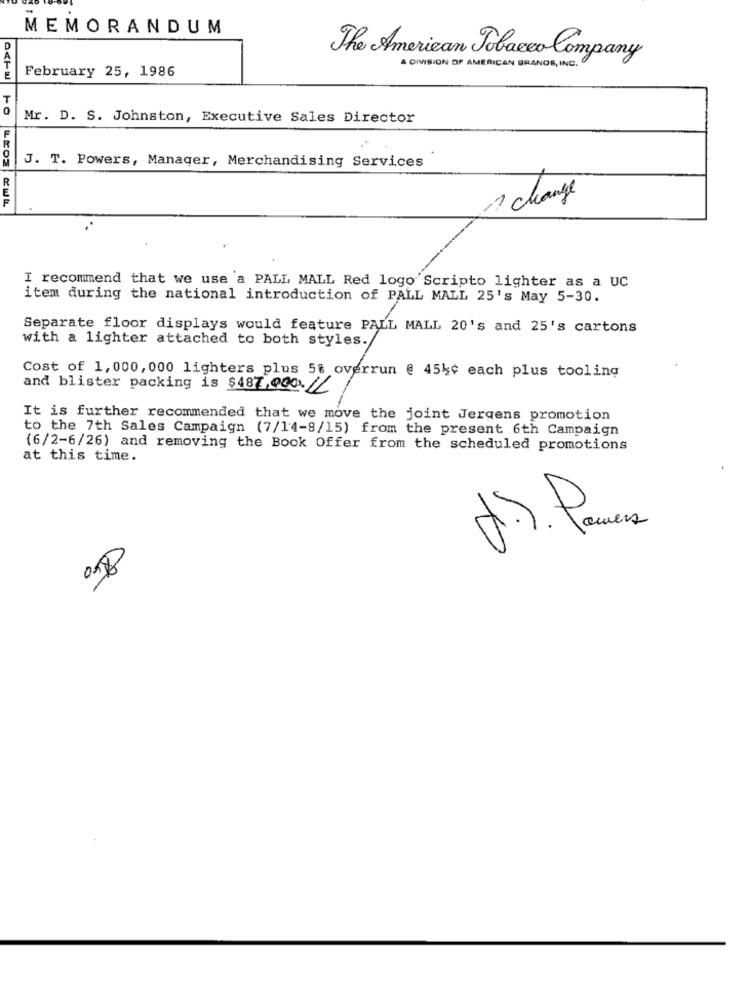
MEMORANDUM
The American Tobacco Company
February 25, 1986
A DIVISION OF AMERICAN GRANDE , INC.
T
Mr. D. S. Johnston, Executive Sales Director
J. T. Powers, Manager, Merchandising Services
1 change
I recommend that we use a PALL MALL Red logo Scripto lighter as a UC
item during the national introduction of PALL MALL 25's May 5-30.
Separate floor displays would feature PALL MALL 20's and 25's cartons
with a lighter attached to both styles.
Cost of 1,000, 000 lighters plus 58 overrun @ 454¢ each plus tooling
and blister packing is $487,000.12
It is further recommended that we move the joint Jergens promotion
to the 7th Sales Campaign (7/14-8/15) from the present 6th Campaign
(6/2-6/26) and removing the Book Offer from the scheduled promotions
at this time.
018